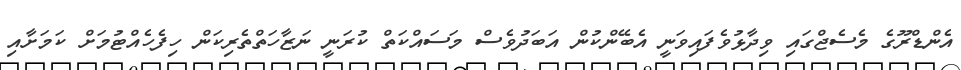
އެންޑްރޫގެ މެސެޖްގައި ވިދާޅުވެފައިވަނީ އެބޭންކުން އަބަދުވެސް މަސައްކަތް ކުރަނީ ނަޒާހަތްތެރިކަން ހިފެހެއްޓުމަށް ކަމަށާއި